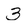
Character: 3